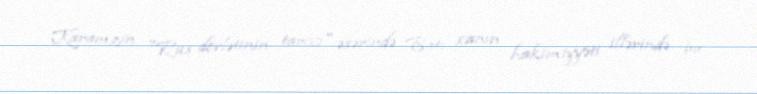
Karamzin "Rus dövlətinin tarixi" əsərində Batı xanın hakimiyyəti illərində bu